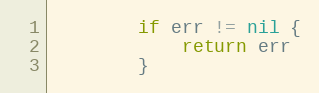
Language: Go
		if err != nil {
			return err
		}